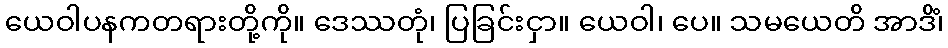
ယေဝါပနကတရားတို့ကို။ ဒေဿတုံ၊ ပြခြင်းငှာ။ ယေဝါ၊ ပေ။ သမယေတိ အာဒိံ၊